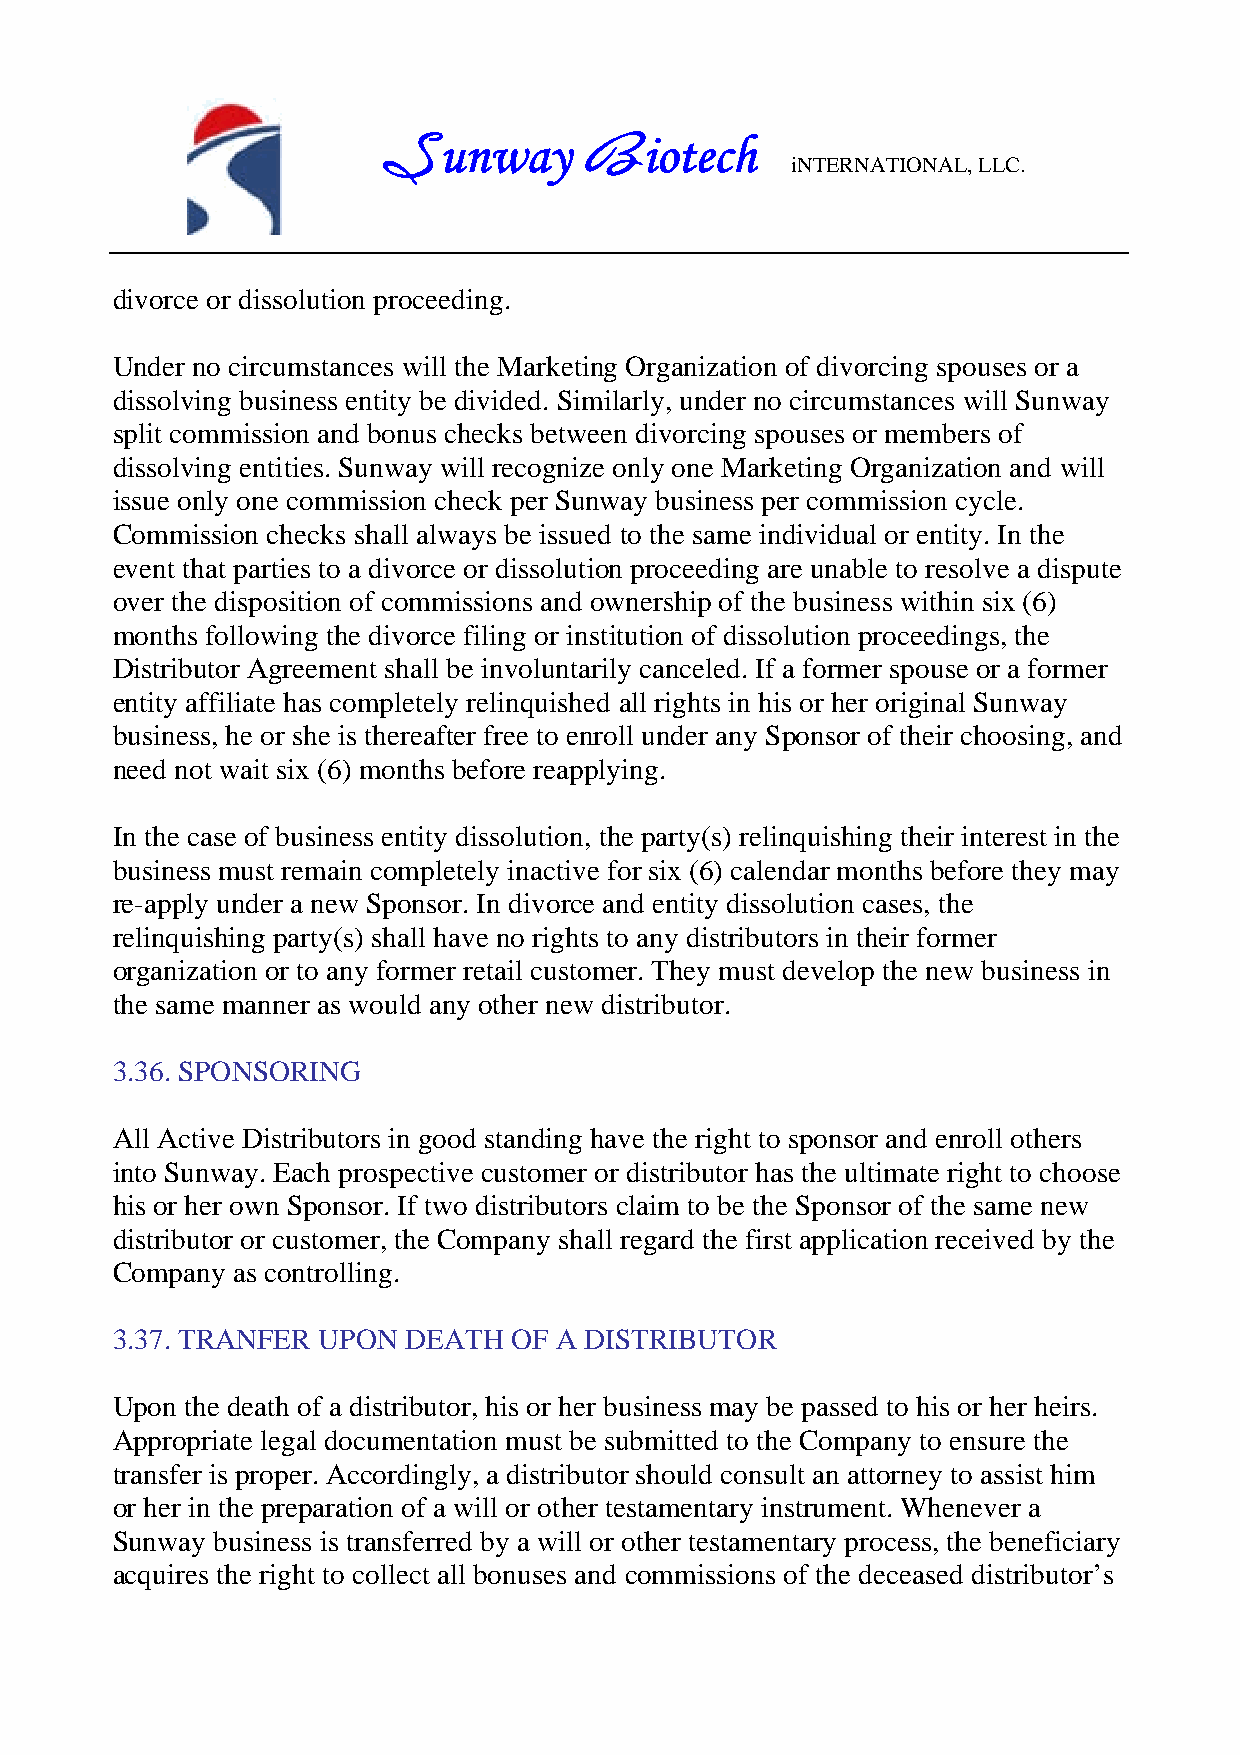
unway         iotech
 S             B            iNTERNATIONAL, LLC.
 divorce or dissolution proceeding.
 Under no circumstances will the Marketing Organization of divorcing spouses or a
 dissolving business entity be divided. Similarly, under no circumstances will Sunway
 split commission and bonus checks between divorcing spouses or members of
 dissolving entities. Sunway will recognize only one Marketing Organization and will
 issue only one commission check per Sunway business per commission cycle.
 Commission checks shall always be issued to the same individual or entity. In the
 event that parties to a divorce or dissolution proceeding are unable to resolve a dispute
 over the disposition of commissions and ownership of the business within six (6)
 months following the divorce filing or institution of dissolution proceedings, the
 Distributor Agreement shall be involuntarily canceled. If a former spouse or a former
 entity affiliate has completely relinquished all rights in his or her original Sunway
 business, he or she is thereafter free to enroll under any Sponsor of their choosing, and
 need not wait six (6) months before reapplying.
 In the case of business entity dissolution, the party(s) relinquishing their interest in the
 business must remain completely inactive for six (6) calendar months before they may
 re-apply under a new Sponsor. In divorce and entity dissolution cases, the
 relinquishing party(s) shall have no rights to any distributors in their former
 organization or to any former retail customer. They must develop the new business in
 the same manner as would any other new distributor.
 3.36. SPONSORING
 All Active Distributors in good standing have the right to sponsor and enroll others
 into Sunway. Each prospective customer or distributor has the ultimate right to choose
 his or her own Sponsor. If two distributors claim to be the Sponsor of the same new
 distributor or customer, the Company shall regard the first application received by the
 Company as controlling.
 3.37. TRANFER UPON  DEATH  OF A DISTRIBUTOR
 Upon the death of a distributor, his or her business may be passed to his or her heirs.
 Appropriate legal documentation must be submitted to the Company to ensure the
 transfer is proper. Accordingly, a distributor should consult an attorney to assist him
 or her in the preparation of a will or other testamentary instrument. Whenever a
 Sunway business is transferred by a will or other testamentary process, the beneficiary
 acquires the right to collect all bonuses and commissions of the deceased distributor’s